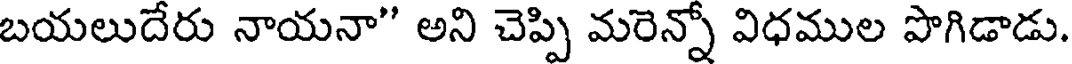
బయలుదేరు నాయనా" అని చెప్పి మరెన్నో విధముల పొగిడాడు.